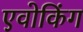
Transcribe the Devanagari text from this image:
एवोकिंग